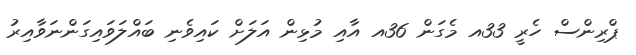
ޕްރިންސް ހެރީ 33އ މެގަން 36އ އާއި މުޅިން އަލަށް ކައިވެނި ބައްލަވައިގަންނަވާއިރު